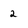
Character: 2